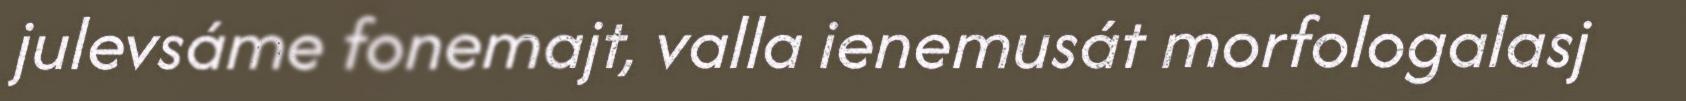
julevsáme fonemajt, valla ienemusát morfologalasj